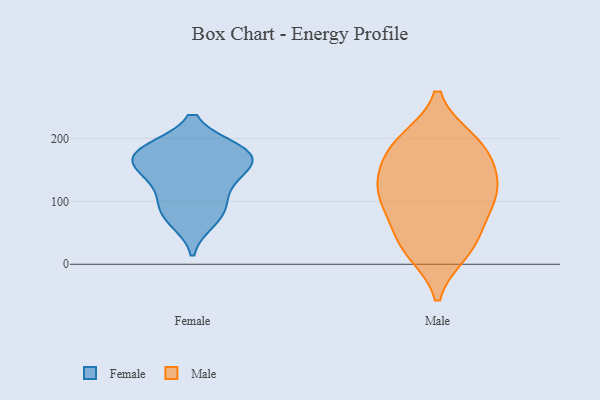
{"axis": {"x": "Satisfaction Score", "y": "Value"}, "legend": ["Female", "Male"], "data": [{"x": "", "y": 97, "type": "Female"}, {"x": "", "y": 70, "type": "Female"}, {"x": "", "y": 162, "type": "Female"}, {"x": "", "y": 85, "type": "Female"}, {"x": "", "y": 181, "type": "Female"}, {"x": "", "y": 175, "type": "Female"}, {"x": "", "y": 134, "type": "Female"}, {"x": "", "y": 172, "type": "Female"}, {"x": "", "y": 141, "type": "Female"}, {"x": "", "y": 181, "type": "Female"}, {"x": "", "y": 198, "type": "Male"}, {"x": "", "y": 19, "type": "Male"}, {"x": "", "y": 158, "type": "Male"}, {"x": "", "y": 164, "type": "Male"}, {"x": "", "y": 56, "type": "Male"}, {"x": "", "y": 84, "type": "Male"}, {"x": "", "y": 112, "type": "Male"}, {"x": "", "y": 194, "type": "Male"}, {"x": "", "y": 112, "type": "Male"}, {"x": "", "y": 39, "type": "Male"}, {"x": "", "y": 19, "type": "Male"}, {"x": "", "y": 197, "type": "Male"}, {"x": "", "y": 99, "type": "Male"}, {"x": "", "y": 122, "type": "Male"}, {"x": "", "y": 143, "type": "Male"}]}